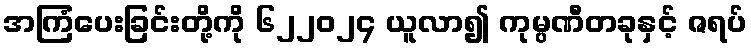
အကြံပေးခြင်းတို့ကို ၆၂၂၀၂၄ ယူလာ၍ ကုမ္ပဏီတခုနှင့် ဇရပ်